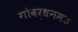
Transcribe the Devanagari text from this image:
गोवर्धनमठ